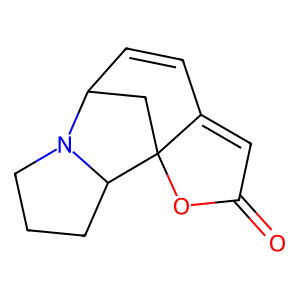
SMILES: O=C1C=C2C=CC3CC2(O1)C1CCCN31
Inhibits HIV replication: No